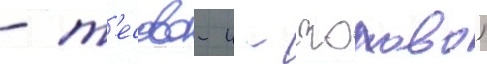
- т'есово-4 - чолово)